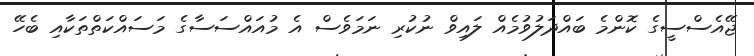
ޖޭއެސްސީގެ ކޮންމެ ބައްދަލުވުމެއް ލައިވް ނުކުރި ނަމަވެސް އެ މުއައްސަސާގެ މަސައްކަތްތަކާއި ބެހޭ